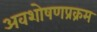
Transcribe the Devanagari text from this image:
अवशोषणप्रक्रम